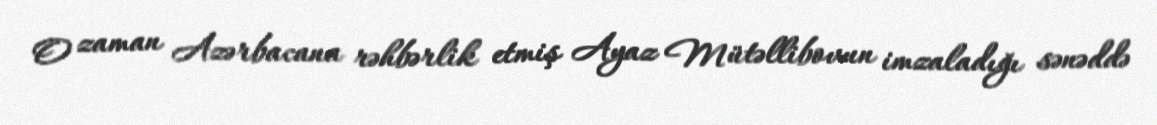
O zaman Azərbacana rəhbərlik etmiş Ayaz Mütəllibovun imzaladığı sənəddə